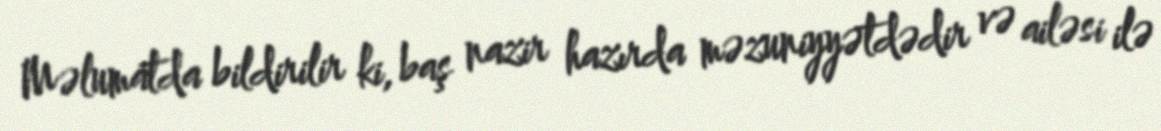
Məlumatda bildirilir ki, baş nazir hazırda məzuniyyətdədir və ailəsi ilə